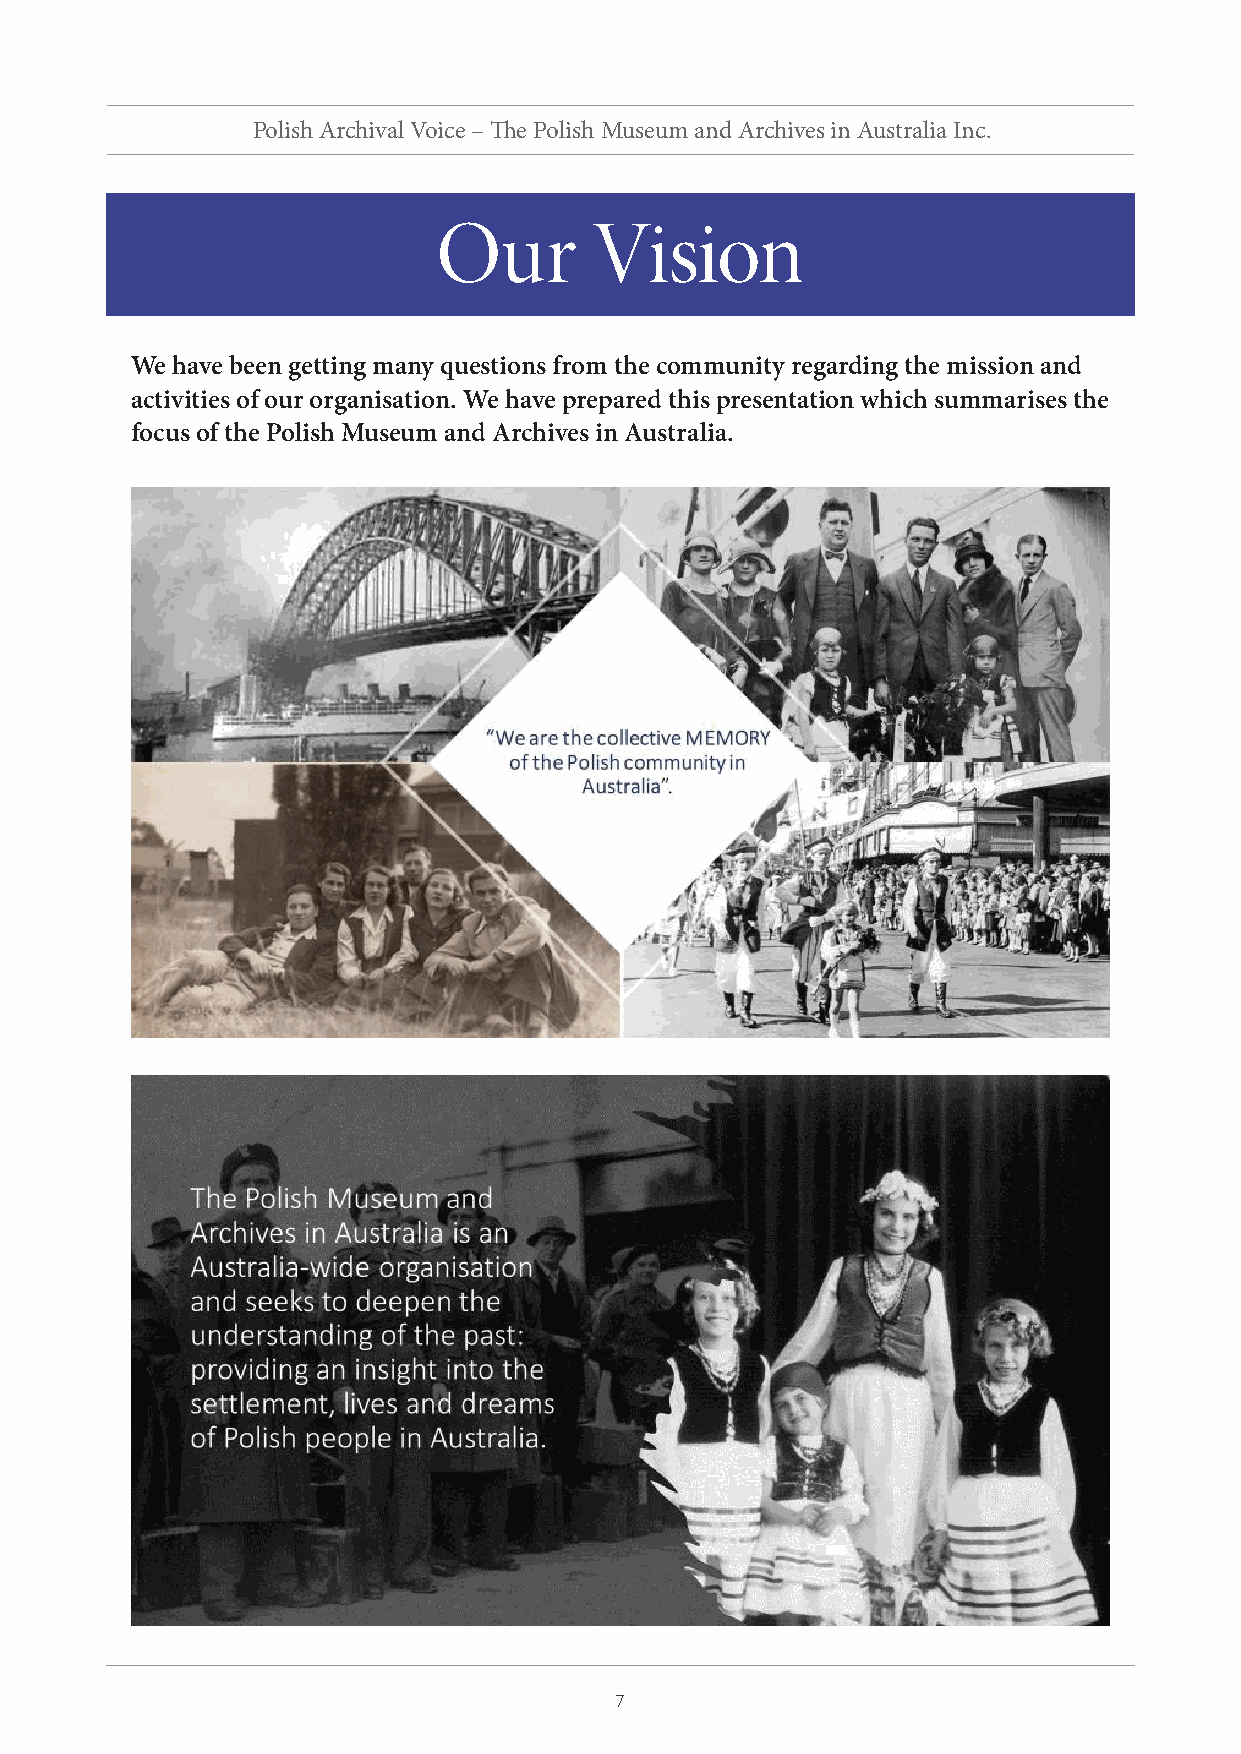
Polish Archival Voice – The Polish Museum and Archives in Australia Inc.
 Our       Vision
 We have been getting many questions from the community regarding the mission and
 activities of our organisation. We have prepared this presentation which summarises the
 focus of the Polish Museum and Archives in Australia.
 7